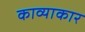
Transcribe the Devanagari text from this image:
काव्याकार